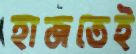
হাজতেই